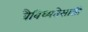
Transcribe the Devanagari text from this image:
वैविध्यतेसाठी